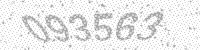
Solution: 093563